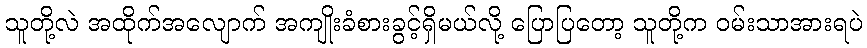
သူတို့လဲ အထိုက်အလျောက် အကျိုးခံစားခွင့်ရှိမယ်လို့ ပြောပြတော့ သူတို့က ဝမ်းသာအားရပဲ